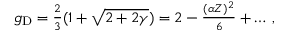
\begin{array} { r } { g _ { \mathrm { D } } = \frac { 2 } { 3 } ( 1 + \sqrt { 2 + 2 \gamma } ) = 2 - \frac { ( \alpha Z ) ^ { 2 } } { 6 } + \dots \, , } \end{array}